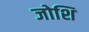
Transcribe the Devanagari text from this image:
जोशि